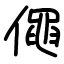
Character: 僶